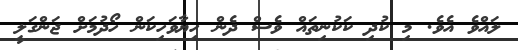
ލައްވެ އެވެ. މި ކުދި ކަކުނިތައް ވެސް ދެން ހިޔާވަހިކަން ހޯދުމަށް ޖަންގަލީ